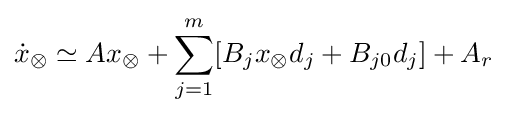
{\dot {x}}_{\otimes }\simeq Ax_{\otimes }+\sum _{j=1}^{m}[B_{j}x_{\otimes }d_{j}+B_{j0}d_{j}]+A_{r}